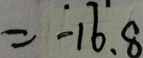
= - 1 6 . 8